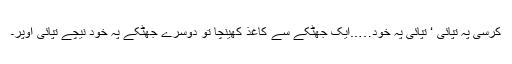
کرسی پہ تپائی ‘ تپائی پہ خود…..ایک جھٹکے سے کاغذ کھینچا تو دوسرے جھٹکے پہ خود نیچے تپائی اوپر۔